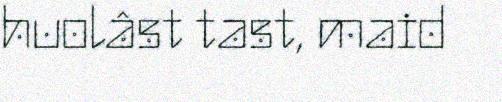
huolâst tast, maid